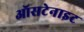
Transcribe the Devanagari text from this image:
ऑसटेनाइट